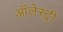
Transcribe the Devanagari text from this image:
ऑलेस्ट्री